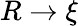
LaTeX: R\rightarrow\xi